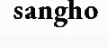
sangho